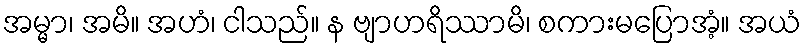
အမ္မာ၊ အမိ။ အဟံ၊ ငါသည်။ န ဗျာဟရိဿာမိ၊ စကားမပြောအံ့။ အယံ